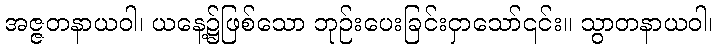
အဇ္ဇတနာယဝါ၊ ယနေ့၌ဖြစ်သော ဘုဉ်းပေးခြင်းငှာသော်၎င်း။ သွာတနာယဝါ၊